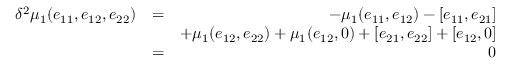
\begin{array} { r l r } { \delta ^ { 2 } \mu _ { 1 } ( e _ { 1 1 } , e _ { 1 2 } , e _ { 2 2 } ) } & { = } & { - \mu _ { 1 } ( e _ { 1 1 } , e _ { 1 2 } ) - [ e _ { 1 1 } , e _ { 2 1 } ] } \\ & { } & { + \mu _ { 1 } ( e _ { 1 2 } , e _ { 2 2 } ) + \mu _ { 1 } ( e _ { 1 2 } , 0 ) + [ e _ { 2 1 } , e _ { 2 2 } ] + [ e _ { 1 2 } , 0 ] } \\ & { = } & { 0 } \end{array}